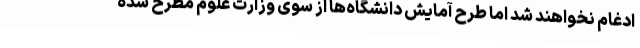
ادغام نخواهند شد اما طرح آمایش دانشگاه‌ها از سوی وزارت علوم مطرح شده